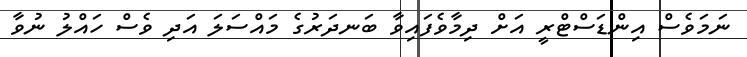
ނަމަވެސް އިންޑަސްޓްރީ އަށް ދިމާވެފައިވާ ބަނދަރުގެ މައްސަލަ އަދި ވެސް ހައްލު ނުވާ